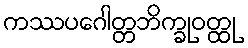
ကဿပဂေါတ္တဘိက္ခုဝတ္ထု